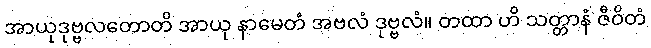
အာယုဒုဗ္ဗလတောတိ အာယု နာမေတံ အဗလံ ဒုဗ္ဗလံ။ တထာ ဟိ သတ္တာနံ ဇီဝိတံ